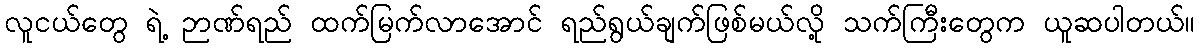
လူငယ်တွေ ရဲ့ ဉာဏ်ရည် ထက်မြက်လာအောင် ရည်ရွယ်ချက်ဖြစ်မယ်လို့ သက်ကြီးတွေက ယူဆပါတယ်။